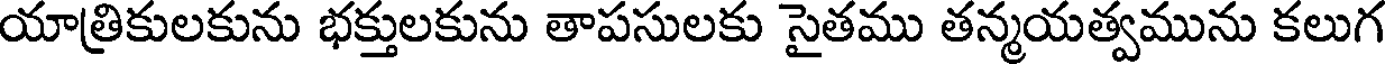
యాత్రికులకును భక్తులకును తాపసులకు సైతము తన్మయత్వమును కలుగ